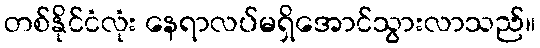
တစ်နိုင်ငံလုံး နေရာလပ်မရှိအောင်သွားလာသည်။